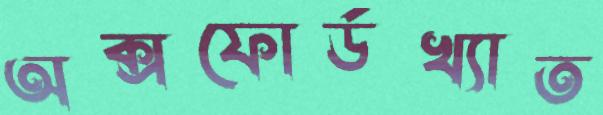
অক্সফোর্ডখ্যাত